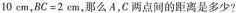
10cm，BC=2cm，那么A，C两点间的距离是多少?